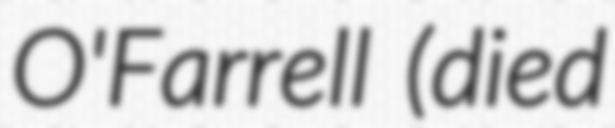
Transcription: O'Farrell (died